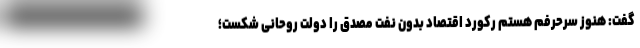
گفت: هنوز سرحرفم هستم رکورد اقتصاد بدون نفت مصدق را دولت روحانی شکست؛